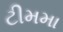
ટીમમા